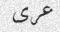
عرى